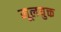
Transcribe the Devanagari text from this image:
मूलयुक्त